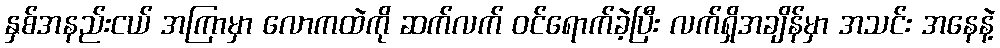
နှစ်အနည်းငယ် အကြာမှာ လောကထဲကို ဆက်လက် ဝင်ရောက်ခဲ့ပြီး လက်ရှိအချိန်မှာ အသင်း အနေနဲ့